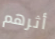
أثرهم